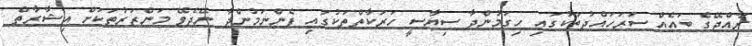
ރާއްޖޭގެ ބައެއް ސަރަހައްދުތަކުގައި ހިގަމުންދާ ސިޔާސީ ހަރަކާތްތަކުގައި ފެންނަމުންދާ ނޭދެވޭ މަންޒަރުތަކަށް އިޝާރާތް